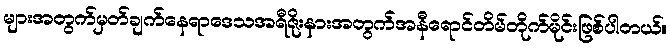
များအတွက်မှတ်ချက်နေရာဒေသအရီဇိုးနားအတွက်အနီရောင်တိမ်တိုက်မိုင်းဖြစ်ပါတယ်။